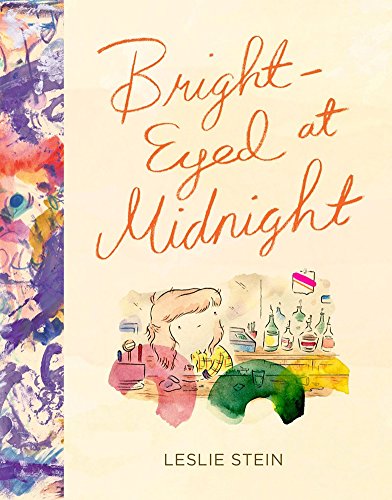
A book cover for Bright-Eyed At Midnight; Leslie Stein; Comics & Graphic Novels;